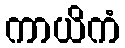
ကာယိကံ